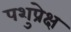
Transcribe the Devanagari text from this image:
पशुप्रेक्ष